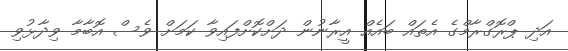
އަދި ޕްރޮގްރާމްގެ އެތައް ބައެއް އީރާނުން ދަށްކޮށްފައިވާ ކަމަށް ވެސް އޮބާމާ ވިދާޅުވި